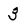
Character: 3